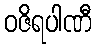
ဝဇိရပါဏီ